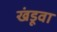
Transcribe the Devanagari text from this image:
खंडूवा